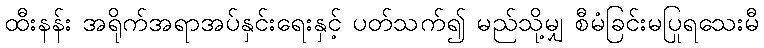
ထီးနန်း အရိုက်အရာအပ်နှင်းရေးနှင့် ပတ်သက်၍ မည်သို့မျှ စီမံခြင်းမပြုရသေးမီ